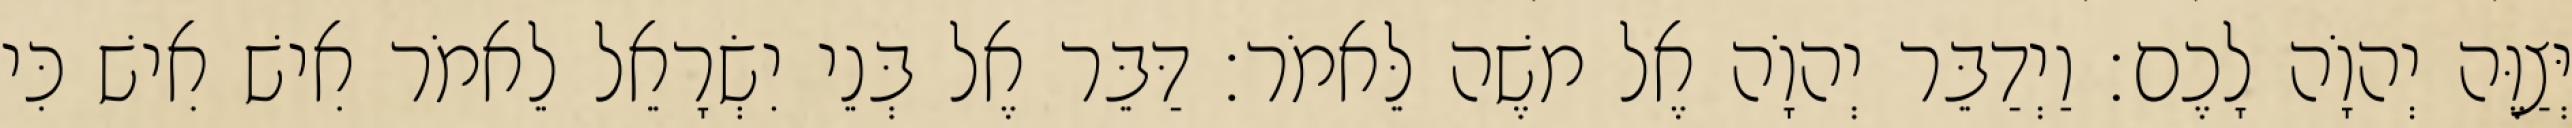
יְּצַוֶּה יְהוָֹה לָכֶם׃ וַיְדַבֵּר יְהוָֹה אֶל משֶׁה לֵּאמֹר׃ דַּבֵּר אֶל בְּנֵי יִשְׂרָאֵל לֵאמֹר אִישׁ אִישׁ כִּי